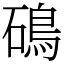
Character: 䲽